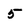
Character: 5